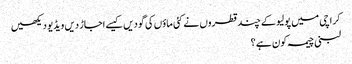
کراچی میں پولیو کے چند قطروں نے کئی ماؤں کی گودیں کیسے اجاڑ دیں ویڈیو دیکھیں
لبنی چیمہ کون ہے ؟